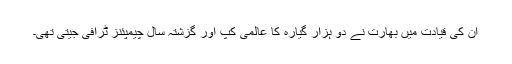
ان کی قیادت میں بھارت نے دو ہزار گیارہ کا عالمی کپ اور گزشتہ سال چیمپئنز ٹرافی جیتی تھی۔